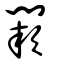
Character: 闕